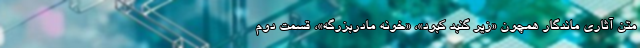
متن آثاری ماندگار همچون «زیر گنبد کبود»، «خونه مادربزرگه»، قسمت دوم